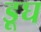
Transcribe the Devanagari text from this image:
डूघ